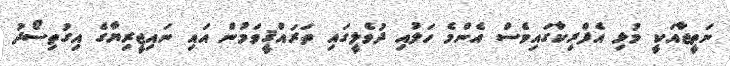
ނަތީޖާއަކީ މުޅި އެފްރިކާގައިވެސް އެންމެ ހަލުއި ދުވެލީގައި ތަރައްޤީވަމުން އައި ނައިޖީރިޔާގެ އިގުތިސޯދު